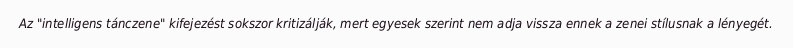
Az "intelligens tánczene" kifejezést sokszor kritizálják, mert egyesek szerint nem adja vissza ennek a zenei stílusnak a lényegét.